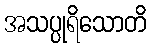
အသပ္ပုရိသောတိ